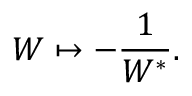
W \mapsto - \frac { 1 } { W ^ { * } } .